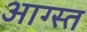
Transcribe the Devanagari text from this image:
आग्स्त